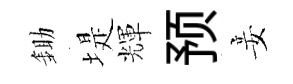
鋤堤輝预妾